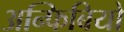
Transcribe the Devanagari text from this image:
अन्फिबियो